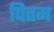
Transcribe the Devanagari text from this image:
पितम